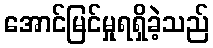
အောင်မြင်မှုရရှိခဲ့သည်